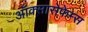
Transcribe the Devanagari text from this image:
ऑक्सासेफेम्स